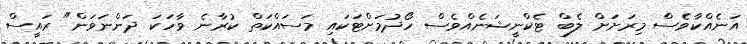
އަނެއްކާވެސް މިރަށަށް ލެބް ޓެކްނީޝަނެއްވެސް ހޯދުމަށްޓަކައި މަސައްކަތް ކުރާނެ ވާހަކަ ދަންނަވަން" ރައީސް